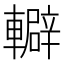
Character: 䡶